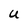
Character: U